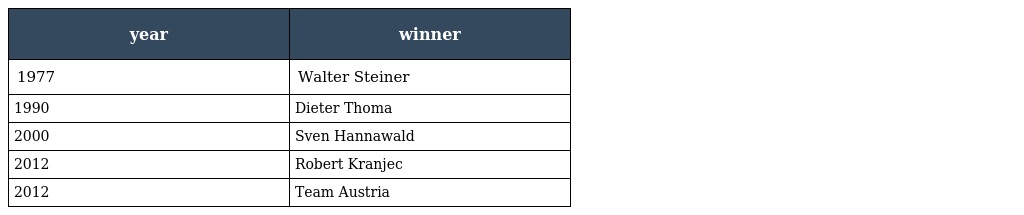
| year | winner |
 | --- | --- |
 | 1977 | Walter Steiner |
 | 1990 | Dieter Thoma |
 | 2000 | Sven Hannawald |
 | 2012 | Robert Kranjec |
 | 2012 | Team Austria |